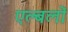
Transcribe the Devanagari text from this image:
एल्बलों